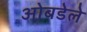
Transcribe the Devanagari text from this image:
ओबडेले